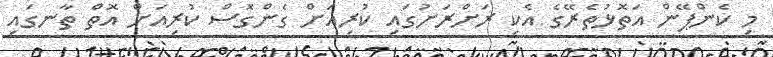
މި ކެންޕޭން އަތޮޅުތެރޭގެ އެކި ރަށްރަށުގައި ކުރިއަށް ގެންގޮސް ކުރިއަށް އޮތް ތާނގައި